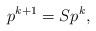
LaTeX: \begin{align*}p^{k+1}=Sp^k,\end{align*}